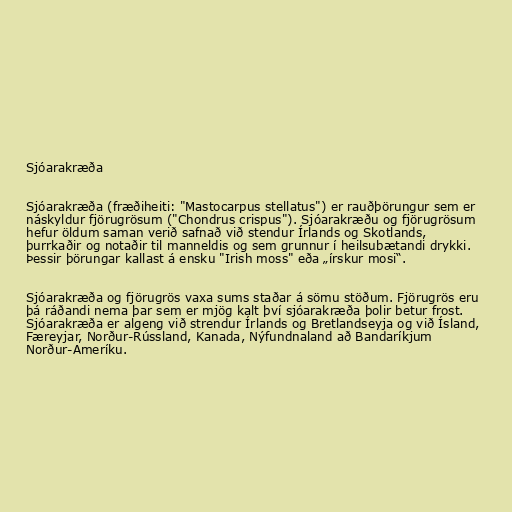
Sjóarakræða

Sjóarakræða (fræðiheiti: "Mastocarpus stellatus") er rauðþörungur sem er
náskyldur fjörugrösum ("Chondrus crispus"). Sjóarakræðu og fjörugrösum
hefur öldum saman verið safnað við stendur Írlands og Skotlands,
þurrkaðir og notaðir til manneldis og sem grunnur í heilsubætandi drykki.
Þessir þörungar kallast á ensku "Irish moss" eða „írskur mosi“.

Sjóarakræða og fjörugrös vaxa sums staðar á sömu stöðum. Fjörugrös eru
þá ráðandi nema þar sem er mjög kalt því sjóarakræða þolir betur frost.
Sjóarakræða er algeng við strendur Írlands og Bretlandseyja og við Ísland,
Færeyjar, Norður-Rússland, Kanada, Nýfundnaland að Bandaríkjum
Norður-Ameríku.